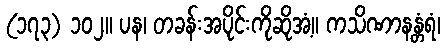
(၁၇၃) ၁၀၂။ ပန၊ တခန်းအပိုင်းကိုဆိုအံ့။ ကသိဏာနန္တံရံ၊